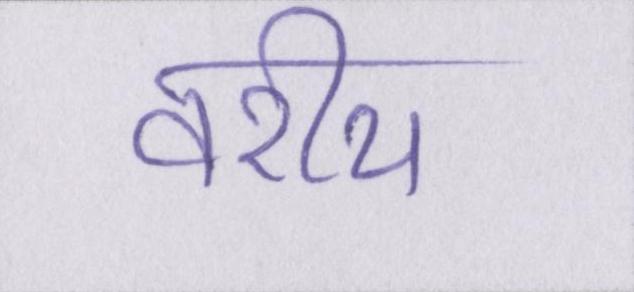
वरीय